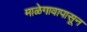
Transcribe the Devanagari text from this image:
माळेगावापासून